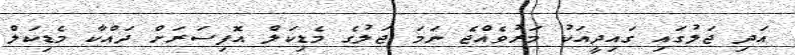
އަދި ޖަލުގައި ގައިދީއަކު މަރުވެއްޖެ ނަމަ ޖަލުގެ މެޑިކަލް އޮފިސަރަށް ދައްކާ މެޑިކަލް